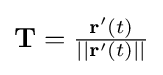
\mathbf {T} ={\tfrac {\mathbf {r} '(t)}{||\mathbf {r} '(t)||}}